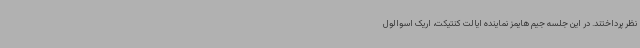
نظر پرداختند. در این جلسه جیم هایمز نماینده ایالت کنتیکت، اریک اسوالول